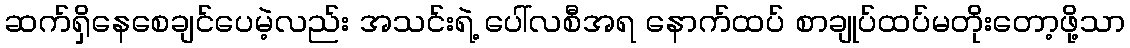
ဆက်ရှိနေစေချင်ပေမဲ့လည်း အသင်းရဲ့ ပေါ်လစီအရ နောက်ထပ် စာချုပ်ထပ်မတိုးတော့ဖို့သာ